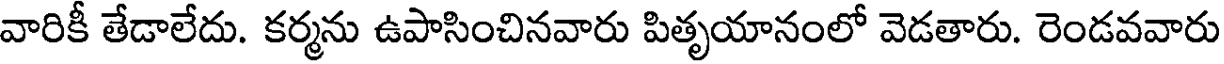
వారికీ తేడాలేదు. కర్మను ఉపాసించినవారు పితృయానంలో వెడతారు. రెండవవారు